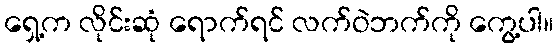
ရှေ့က လိုင်းဆုံ ရောက်ရင် လက်ဝဲဘက်ကို ကွေ့ပါ။